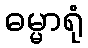
ဓမ္မာရုံ